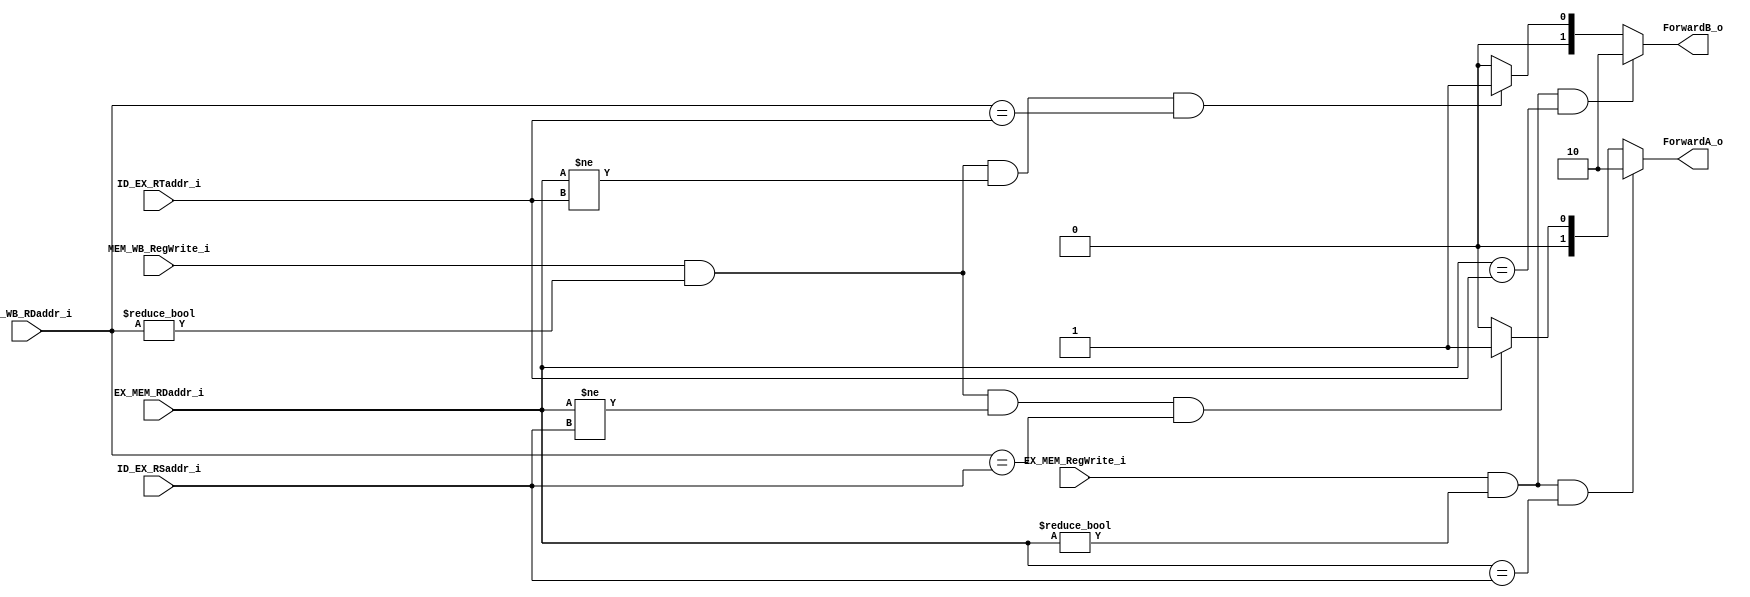
module FW
(
	EX_MEM_RegWrite_i,
	EX_MEM_RDaddr_i,
	MEM_WB_RegWrite_i,
	MEM_WB_RDaddr_i,
	ID_EX_RSaddr_i,
	ID_EX_RTaddr_i,
	ForwardA_o,
	ForwardB_o
);

input 			EX_MEM_RegWrite_i, MEM_WB_RegWrite_i;
input	[4:0]	EX_MEM_RDaddr_i, MEM_WB_RDaddr_i, ID_EX_RSaddr_i, ID_EX_RTaddr_i;
output	[1:0]	ForwardA_o, ForwardB_o;

assign ForwardA_o = (EX_MEM_RegWrite_i && EX_MEM_RDaddr_i != 5'b00000 && EX_MEM_RDaddr_i == ID_EX_RSaddr_i) ? 2'b10 :
					(MEM_WB_RegWrite_i && MEM_WB_RDaddr_i != 5'b00000 && EX_MEM_RDaddr_i != ID_EX_RSaddr_i && MEM_WB_RDaddr_i == ID_EX_RSaddr_i) ? 2'b01 :
					2'b00;
assign ForwardB_o = (EX_MEM_RegWrite_i && EX_MEM_RDaddr_i != 5'b00000 && EX_MEM_RDaddr_i == ID_EX_RTaddr_i) ? 2'b10 :
					(MEM_WB_RegWrite_i && MEM_WB_RDaddr_i != 5'b00000 && EX_MEM_RDaddr_i != ID_EX_RTaddr_i && MEM_WB_RDaddr_i == ID_EX_RTaddr_i) ? 2'b01 :
					2'b00;

endmodule